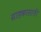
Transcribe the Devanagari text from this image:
ग्राहकासाठी